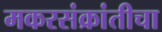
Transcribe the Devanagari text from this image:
मकरसंक्रांतीचा